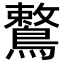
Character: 鷘